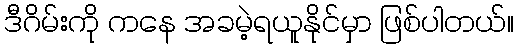
ဒီဂိမ်းကို ကနေ အခမဲ့ရယူနိုင်မှာ ဖြစ်ပါတယ်။